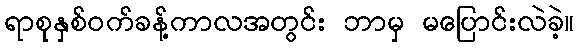
ရာစုနှစ်ဝက်ခန့်ကာလအတွင်း ဘာမှ မပြောင်းလဲခဲ့။